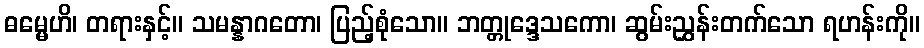
ဓမ္မေဟိ၊ တရားနှင့်။ သမန္နာဂတော၊ ပြည့်စုံသော။ ဘတ္တုဒ္ဒေသကော၊ ဆွမ်းညွှန်းတက်သော ရဟန်းကို။